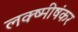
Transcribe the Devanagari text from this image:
लक्ष्मीषंकर